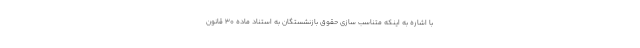
با اشاره به اینکه متناسب سازی حقوق بازنشستگان به استناد ماده ۳۰ قانون